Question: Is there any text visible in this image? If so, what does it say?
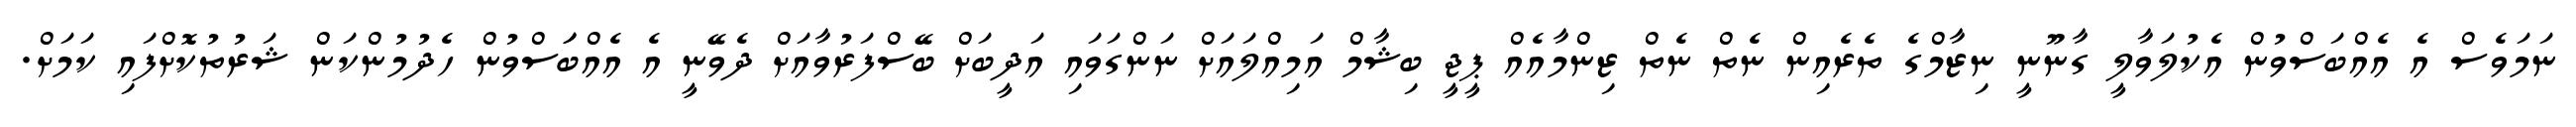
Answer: ނަމަވެސް އެ އެއްބަސްވުން އެކުލަވާލީ ގާނޫނީ ނިޒާމްގެ ތެރެއިން ނެތް ނެތް ޒިންމާއެއް ޕީޖީ ބިޝާމް އަމިއްލައަށް ނަންގަވައި އަދީބަށް ބޭސްފަރުވާއަށް ދެވޭނީ އެ އެއްބަަސްވުން ހެދުމުންކަން ޝަރުތުކޮށްފައި ކަމަށް.